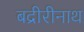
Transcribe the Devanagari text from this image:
बद्रीरीनाथ